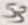
Text: S3